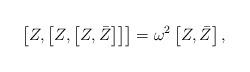
LaTeX: \begin{align*} \left[Z,\left[Z,\left[Z,\bar Z\right]\right]\right]= \omega^{2}\left[Z,\bar{Z}\right],\end{align*}